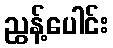
ညွန့်ပေါင်း